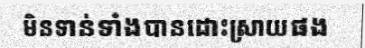
មិនទាន់ទាំងបានដោះស្រាយផង